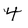
Character: 4